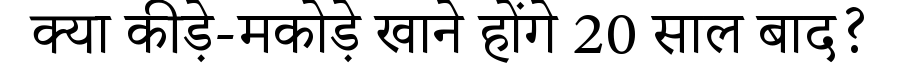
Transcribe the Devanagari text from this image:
क्या कीड़े-मकोड़े खाने होंगे 20 साल बाद?